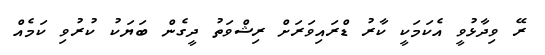
ރޭ ވިދާޅުވީ އެކަމަކީ ކާރު ޑްރައިވަރަށް ރިޝްވަތު ދީގެން ބަޔަކު ކުރުވި ކަމެއް